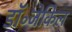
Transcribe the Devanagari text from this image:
डॉ॰जेकिल